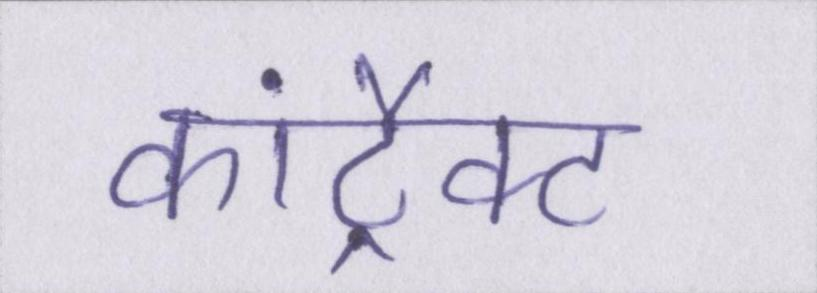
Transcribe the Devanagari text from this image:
कांट्रैक्ट